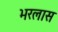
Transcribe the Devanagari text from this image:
भरलास